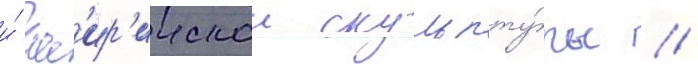
и́ асс'ир'иискои скульпту́ры //